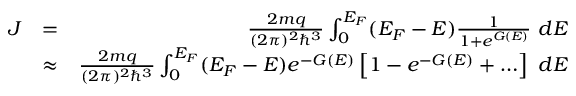
\begin{array} { r l r } { J } & { = } & { \frac { 2 m q } { ( 2 \pi ) ^ { 2 } \hbar ^ { 3 } } \int _ { 0 } ^ { { \cal E } _ { F } } ( { \cal E } _ { F } - { \cal E } ) \frac { 1 } { 1 + e ^ { G ( { \cal E } ) } } ~ d { { \cal E } } } \\ & { \approx } & { \frac { 2 m q } { ( 2 \pi ) ^ { 2 } \hbar ^ { 3 } } \int _ { 0 } ^ { { \cal E } _ { F } } ( { \cal E } _ { F } - { \cal E } ) e ^ { - G ( { \cal E } ) } \left[ 1 - e ^ { - G ( { \cal E } ) } + \ldots \right] ~ d { { \cal E } } } \end{array}